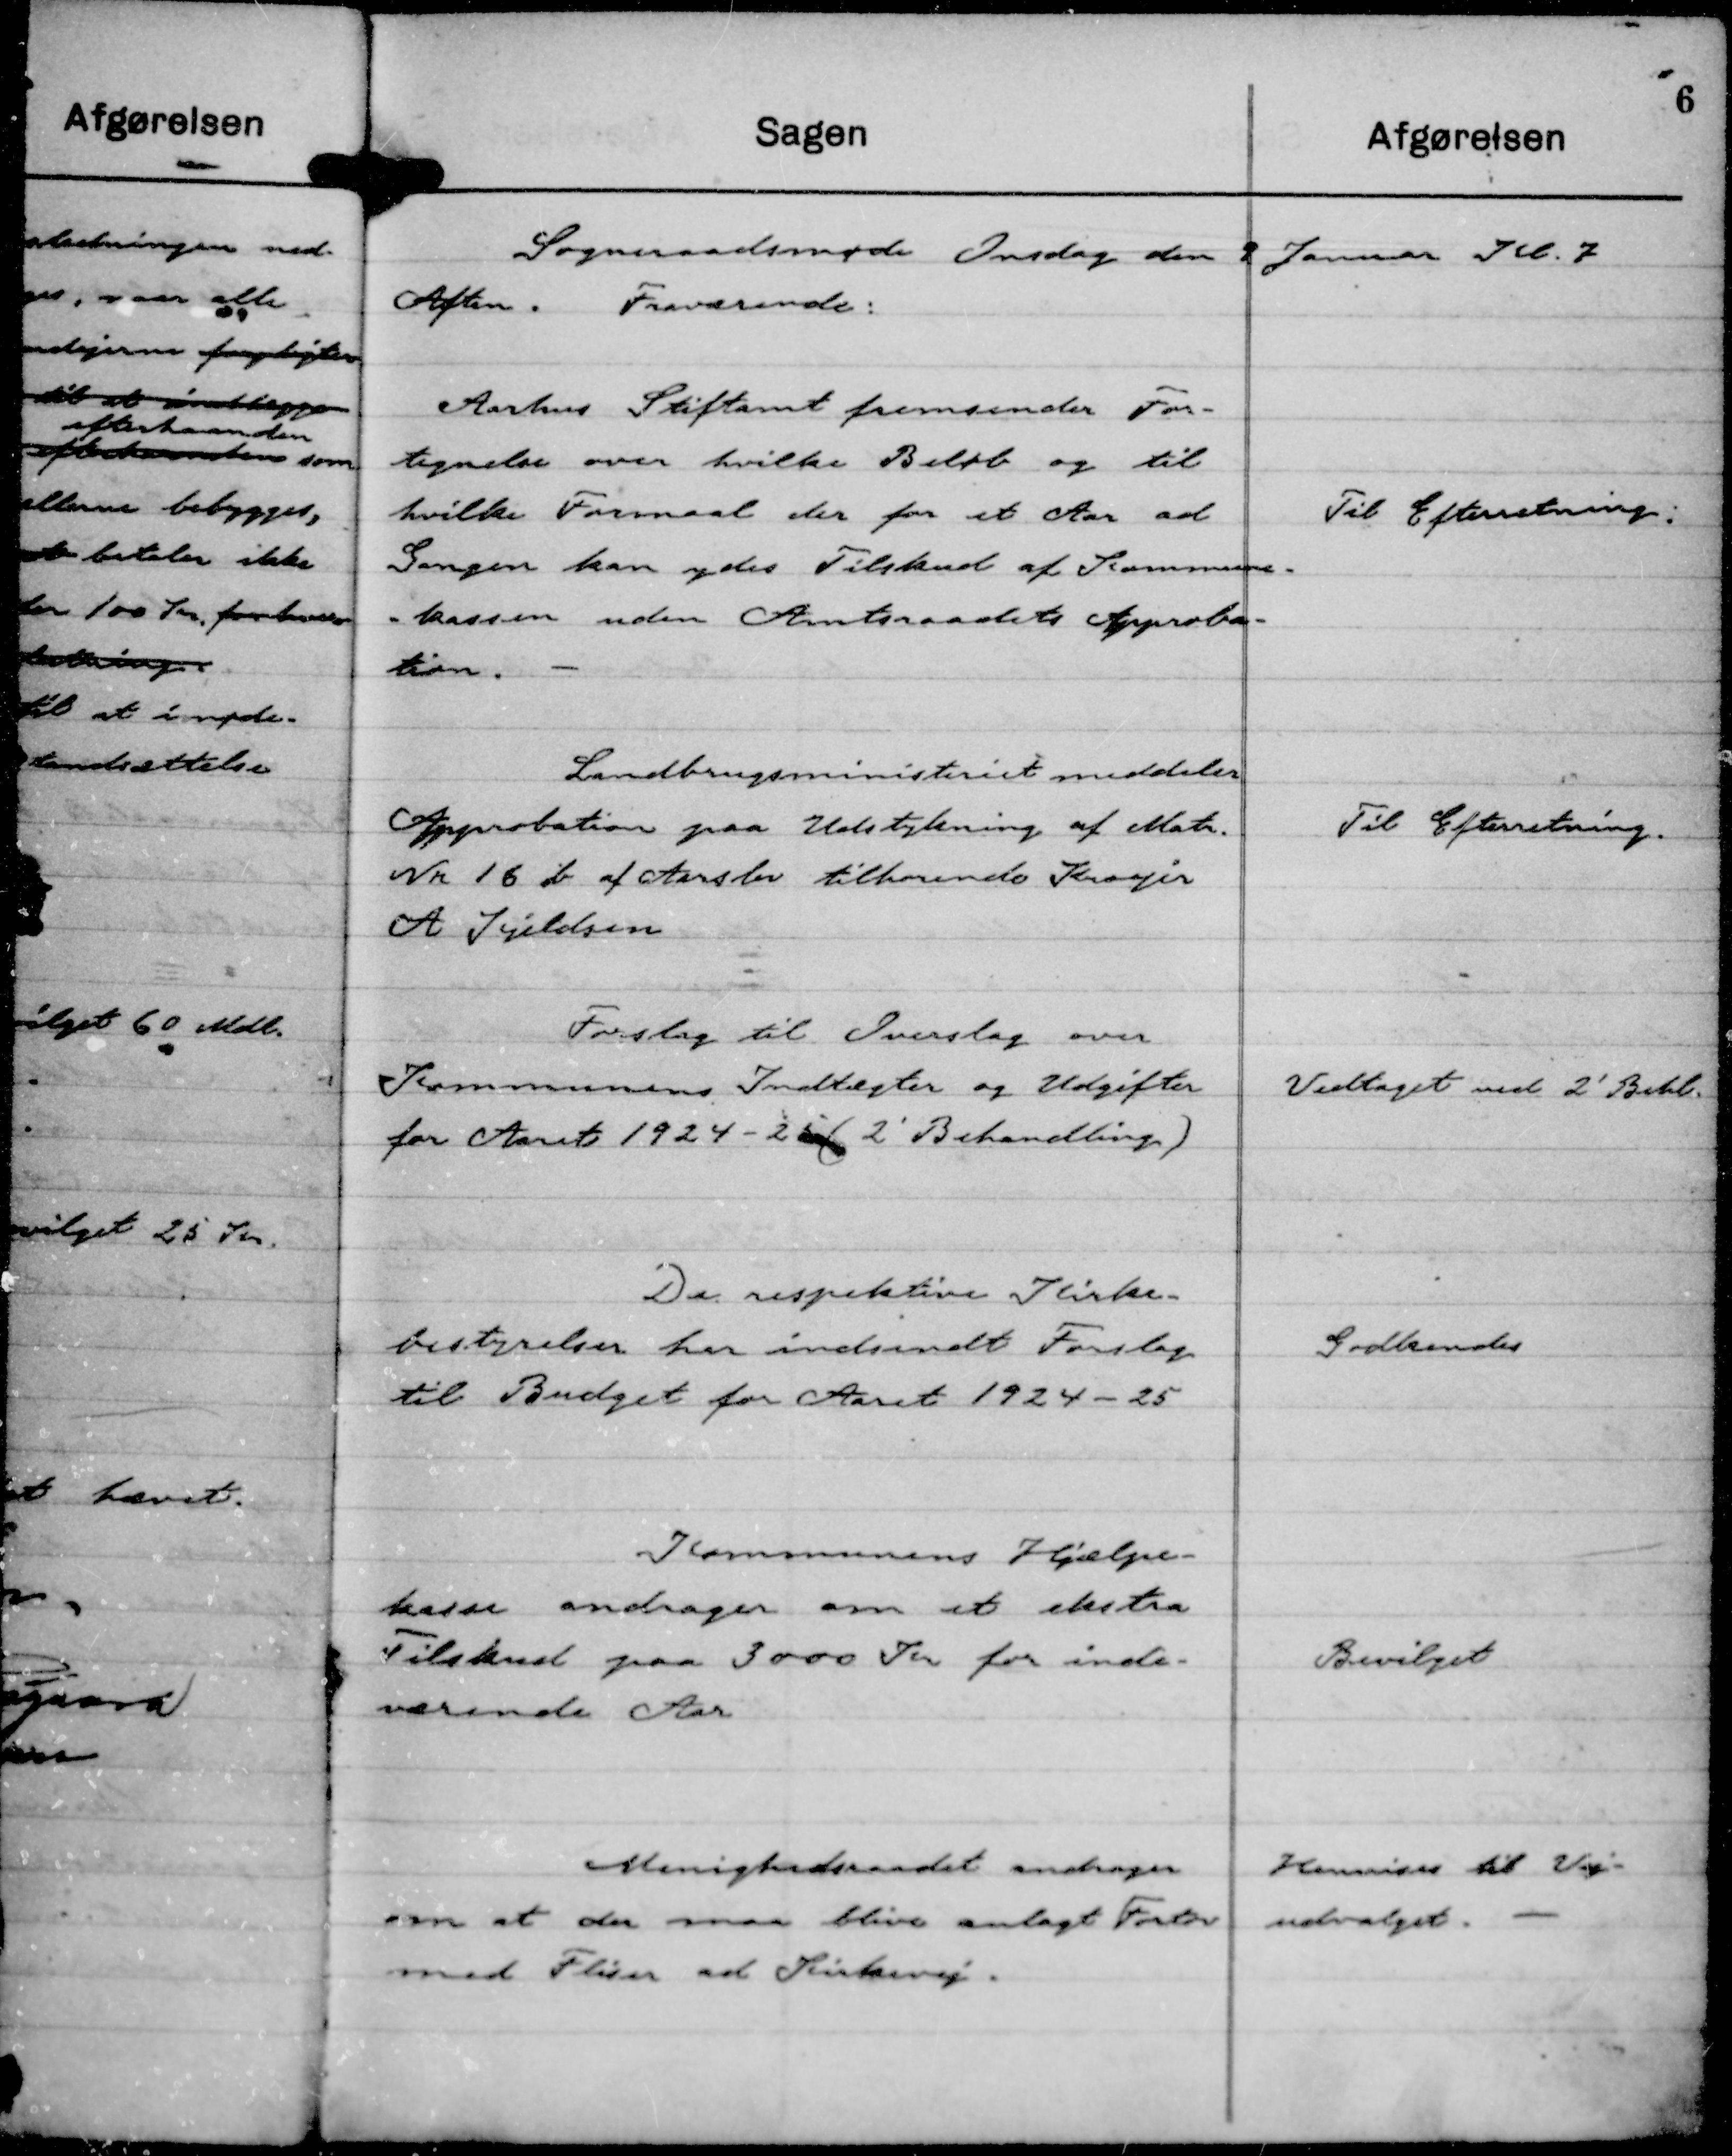
Transskription:
Sogneraadsmøde Onsdag den 2 Januar Kl. 7
Aften. Fraværende:

Aarhus Stiftamt fremsender For-
tegnelse over hvilke Beløb og til
hvilke Formaal der for et Aar ad
Gangen kan ydes Tilskud af Kommune-
- kassen uden Amtsraadets Approba-
tion.

Til Efterretning.

Landbrugsministeriet meddeler
Approbation paa Udstykning af Matr.
Nr 16 b af Aarslev tilhørende Kroejer
A Kjeldsen

Til Efterretning.

Forslag til Overslag over
Kommunens Indtægter og Udgifter
for Aaret 1924 - 25 (2' Behandling)

Vedtaget ved 2' Behl.

De respektive Kirke-
besyrelser har indsendt Forslag
til Budget for Aaret 1924 - 25

Godkendes

Kommunens Hjælpe-
kasse andrager om et ekstra
Tilskud paa 3000 Kr for inde-
værende Aar

Bevilget

Menighedsraadet andrager
om at der maa blive anlagt Fortov
med Fliser ad Kirkevej.

Henvises til Vej-
udvalget.